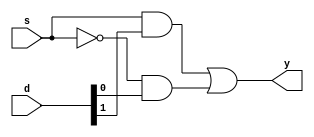
module mux21 (
    output y,
    input [1:0] d, input s
);
    wire [1:0] w; wire sbar;
    not n1 (sbar,s);
    
    and a1 (w[0],sbar,d[0]);
    and a2 (w[1],s,d[1]);

    or o1 (y,w[1],w[0]);

endmodule

module mux41 (
    output y, 
    input [3:0] d, input [1:0]s
);
    wire [1:0] w;
    mux21 mux1 (w[0],d[1:0],s[0]);
    mux21 mux2 (w[1],d[3:2],s[0]);
    mux21 mux3 (y,w,s[1]);

endmodule

module A1_6_rtl (
    output y,
    input a,b
);

    mux41 mux1 (y,{1'b1,1'b0,1'b0,1'b1},{a,b});

endmodule